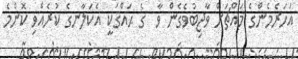
އަހަރެމެންގެ މައްޗަށް ވާޖިބުވެގެން ވާ  ގެ ޙައްޤަކީ އެކަލާނގެ ކުރެއްވި ކޮންމެ